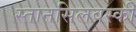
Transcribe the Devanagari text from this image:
स्तानसिलवस्की